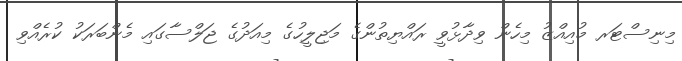
މިނިސްޓަރ މުއިއްޒު މިހެން ވިދާޅުވީ ރައްޔިތުންގެ މަޖިލީހުގެ މިއަދުގެ ޖަލްސާގައި މެންބަރަކު ކުރެއްވި